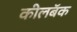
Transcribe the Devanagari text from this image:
कीलबॅक